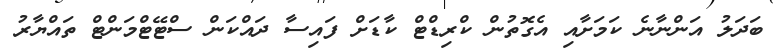
ބަދަލު އަންނާނެ ކަމަށާއި އެގޮތުން ކްރިޑްޓް ކާޑަށް ފައިސާ ދައްކަން ސްޓޭޓްމަންޓް ތައްޔާރު